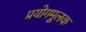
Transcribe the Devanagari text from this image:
प्रयोगमूलक